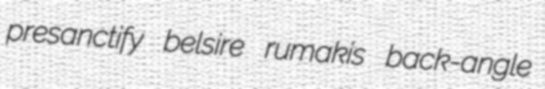
presanctify belsire rumakis back-angle